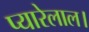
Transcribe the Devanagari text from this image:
प्यारेलाल।